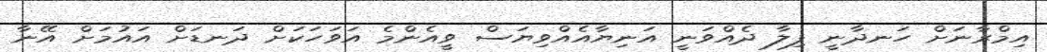
އިމްރާނަށް ހަނދާނީ ފިލާ ދެއްވަނީ އަނިޔާއެއްވިޔަސް ވީއެންމެ އަވަހަކަށް ދަނޑަށް އައުމަށް އޭނާ